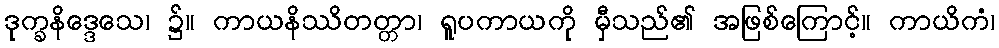
ဒုက္ခနိဒ္ဒေသေ၊ ၌။ ကာယနိဿိတတ္တာ၊ ရူပကာယကို မှီသည်၏ အဖြစ်ကြောင့်။ ကာယိကံ၊